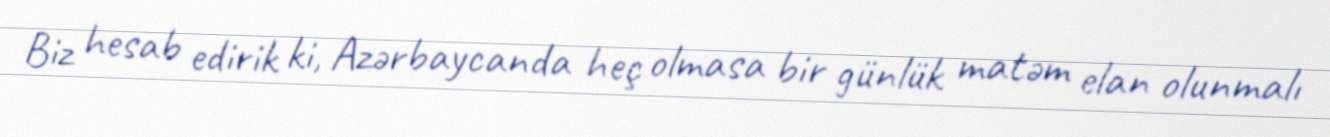
Biz hesab edirik ki, Azərbaycanda heç olmasa bir günlük matəm elan olunmalı